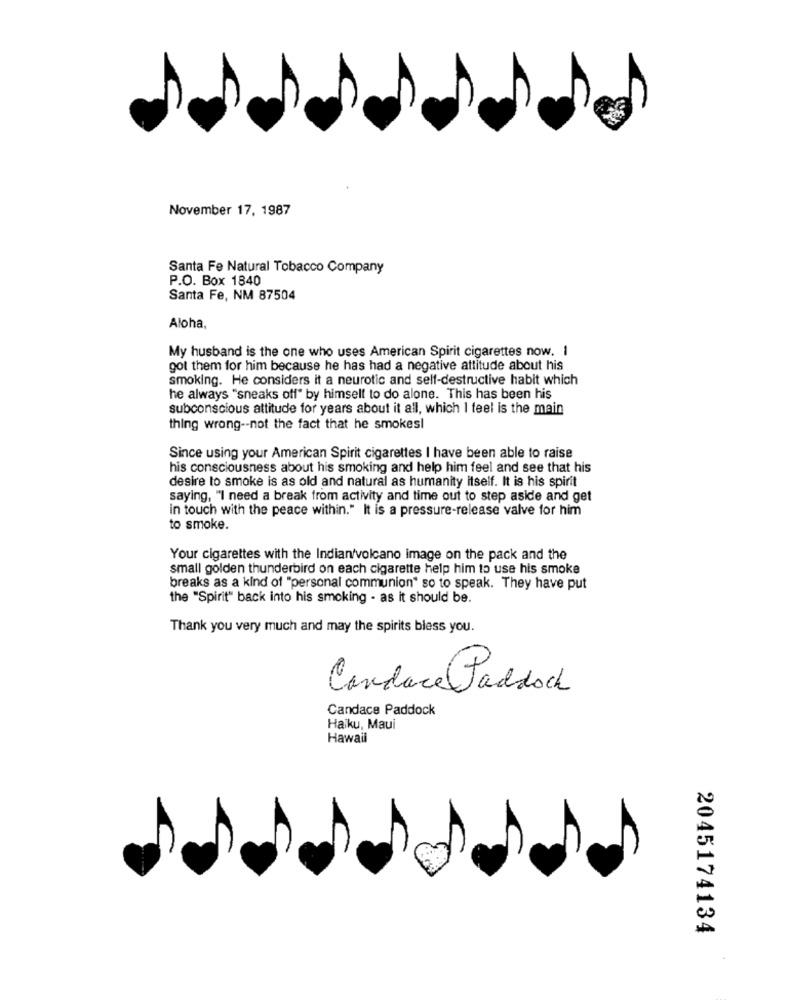
November 17, 1987
Santa Fe Natural Tobacco Company
P.O. Box 1840
Santa Fe, NM 87504
Aloha,
My husband is the one who uses American Spirit cigarettes now. I
got them for him because he has had a negative attitude about his
smoking. He considers it a neurotic and self-destructive habit which
he always "sneaks off" by himself to do alone. This has been his
subconscious attitude for years about it all, which I feel is the main
thing wrong -- not the fact that he smokesl
Since using your American Spirit cigarettes I have been able to raise
his consciousness about his smoking and help him feel and see that his
desire to smoke is as old and natural as humanity itself. It is his spirit
saying, "I need a break from activity and time out to step aside and get
in touch with the peace within." It is a pressure-release valve for him
to smoke.
Your cigarettes with the Indian/volcano image on the pack and the
small golden thunderbird on each cigarette help him to use his smoke
breaks as a kind of "personal communion" so to speak. They have put
the "Spirit" back into his smoking - as it should be.
Thank you very much and may the spirits bless you.
Candace Paddock
Candace Paddock
Haiku, Maui
Hawaii
2045174134